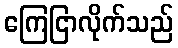
ကြေငြာလိုက်သည်